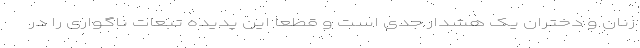
زنان و دختران یک هشدار جدی است و قطعا این پدیده تبعات ناگواری را در